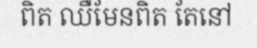
ពិត ឈឺមែនពិត តែនៅ